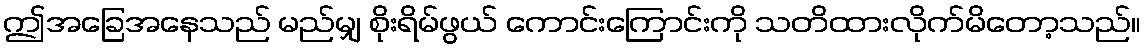
ဤအခြေအနေသည် မည်မျှ စိုးရိမ်ဖွယ် ကောင်းကြောင်းကို သတိထားလိုက်မိတော့သည်။